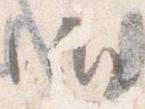
御